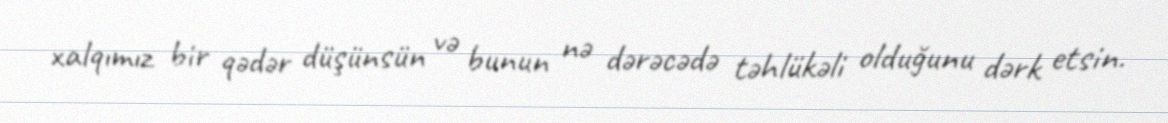
xalqımız bir qədər düşünsün və bunun nə dərəcədə təhlükəli olduğunu dərk etsin.